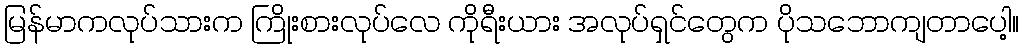
မြန်မာကလုပ်သားက ကြိုးစားလုပ်လေ ကိုရီးယား အလုပ်ရှင်တွေက ပိုသဘောကျတာပေါ့။